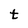
Character: t